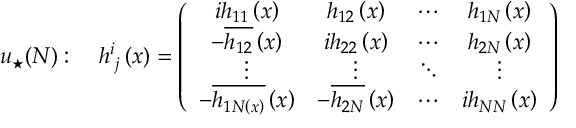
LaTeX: u _ { \star } ( N ) : \quad h _ { \, \, j } ^ { i } \left( x \right) = \left( \begin{array} { c c c c } { { i h _ { 1 1 } \left( x \right) } } & { { h _ { 1 2 } \left( x \right) } } & { { \cdots } } & { { h _ { 1 N } \left( x \right) } } \\ { { - \overline { { { h _ { 1 2 } } } } \left( x \right) } } & { { i h _ { 2 2 } \left( x \right) } } & { { \cdots } } & { { h _ { 2 N } \left( x \right) } } \\ { { \vdots } } & { { \vdots } } & { { \ddots } } & { { \vdots } } \\ { { - \overline { { { h _ { 1 N \left( x \right) } } } } \left( x \right) } } & { { - \overline { { { h _ { 2 N } } } } \left( x \right) } } & { { \cdots } } & { { i h _ { N N } \left( x \right) } } \end{array} \right)